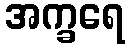
အက္ခရေ